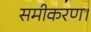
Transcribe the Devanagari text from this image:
समीकरण।